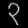
Digit: ၃